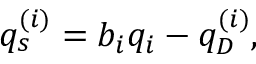
q _ { s } ^ { ( i ) } = b _ { i } q _ { i } - q _ { D } ^ { ( i ) } ,